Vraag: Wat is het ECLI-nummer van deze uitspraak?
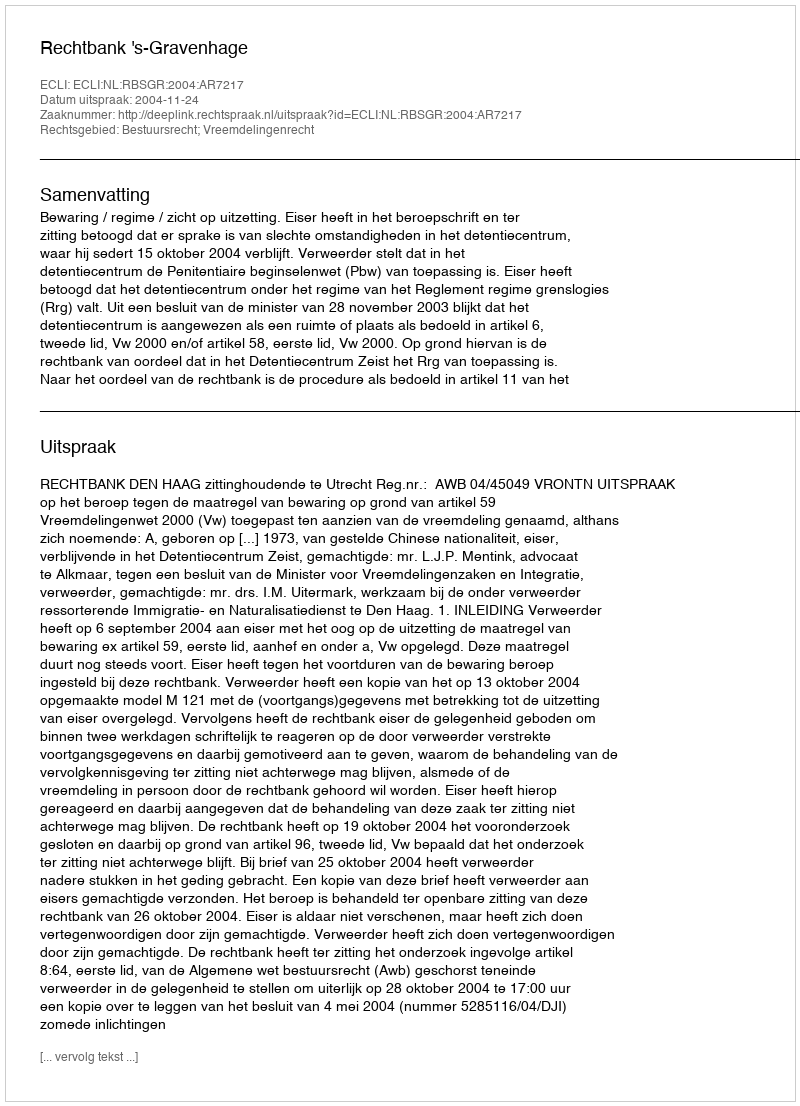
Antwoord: ECLI:NL:RBSGR:2004:AR7217